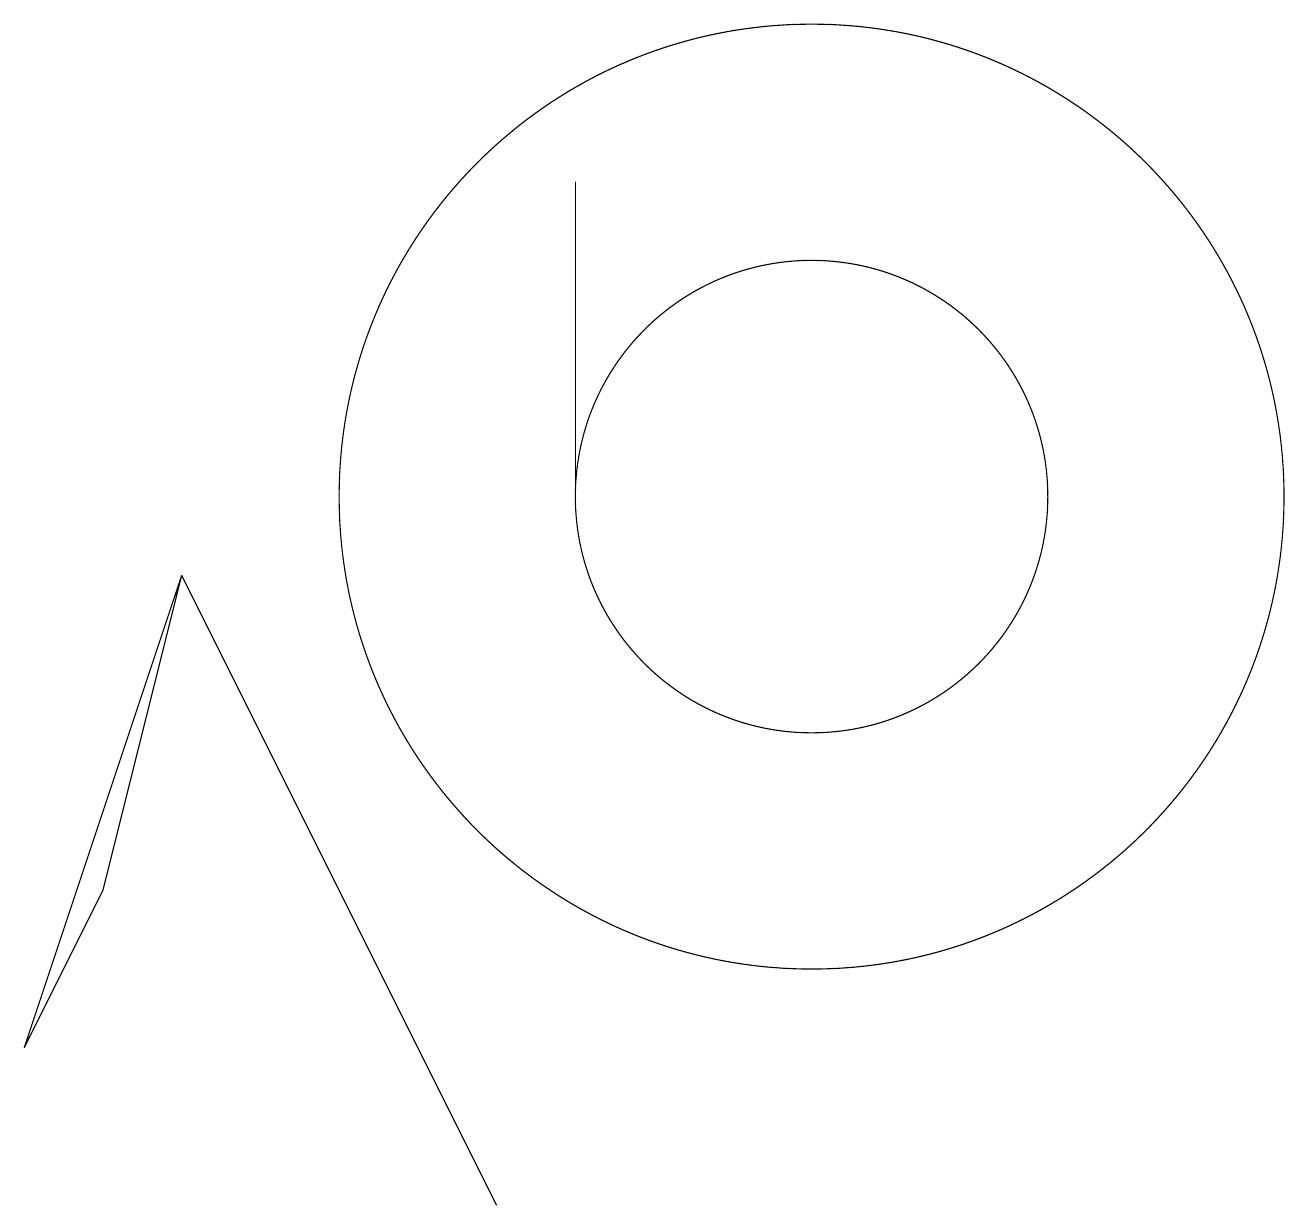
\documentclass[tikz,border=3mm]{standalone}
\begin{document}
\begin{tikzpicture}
\draw (10,10) circle (6);
\draw (10,10) circle (3);
\draw (7,14) rectangle (7,10);
\draw (2,9) -- (6,1) -- (3,7) -- cycle;
\draw (1,5) -- (0,3) -- (2,9) -- cycle;
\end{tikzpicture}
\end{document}